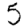
Digit: 5